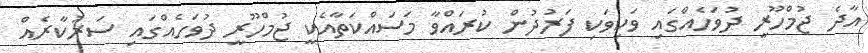
އާދެ ޖުމްހޫރީ ދުވަހެއްގައި ވަކިވަކި ފަރުދުން ކުރައްވާ މަސައްކަތާއެކީ ޖުމްހޫރީ ދުވަހެއްގައި ސަރުކާރެއް